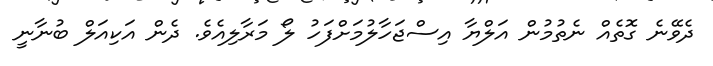
ދެވޭނެ ގޮތެއް ނެތުމުން އަލްޔާ އިސްޖަހާލުމަށްފަހު ލޯ މަރާލިއެވެ. ދެން އަކިއަލް ބުނާނީ